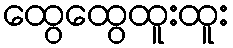
ထွေထွေထူးထူး